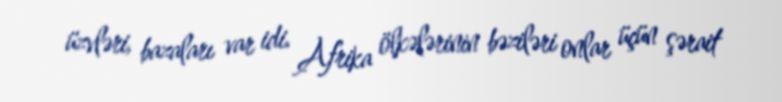
üzvləri, bazaları var idi. Afrika ölkələrinin bəziləri onlar üçün şərait